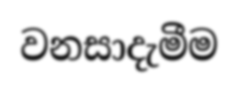
වනසාදැමීම